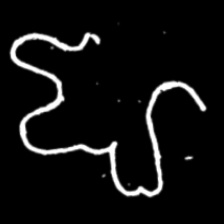
Pyu character \u2014 Myanmar letter: ဈ (romanized: jha)